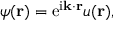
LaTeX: \psi ( \mathbf { r } ) = \mathrm { e } ^ { \mathrm { i } \mathbf { k } \cdot \mathbf { r } } u ( \mathbf { r } ) ,